Statistical return of the lunatic asylum in Assam - 1912-1932
Year: 1912
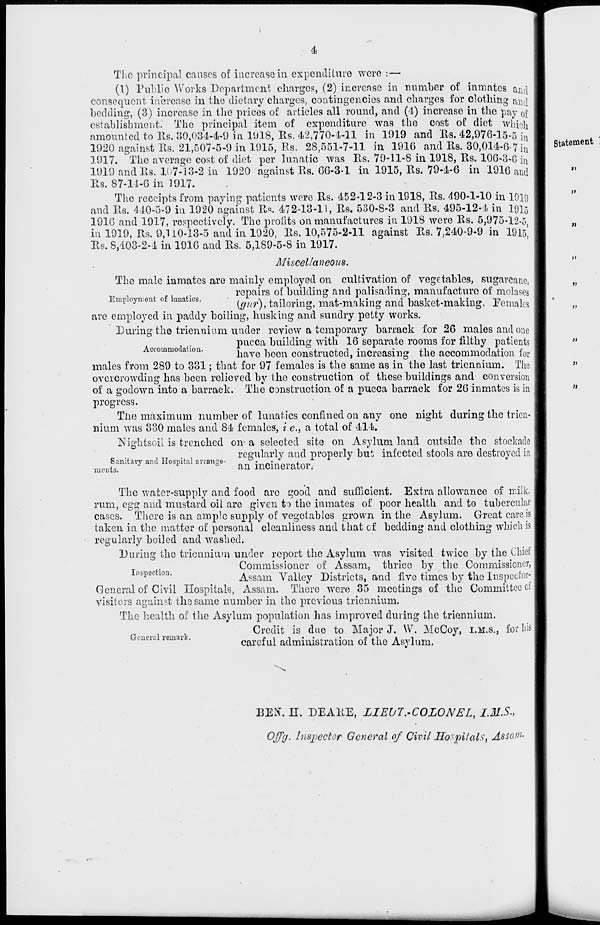
4
The principal causes of increase in expenditure were :—
(1) Public Works Department charges, (2) incrense in number of inmates and
consequent increase in the dietary charges, contingencies and charges for clothing ami
bedding, (3) increase in the prices of articles all round, and (4) increase in the pay of
establishment.' The principal item of expenditure was the cost of diet which
amounted to Rs. 30,034-4-9 in 1918, Rs. 42,770-4-11 in 1919 and Rs. 42,976-15-5 hi
1920 against Rs. 21,507-5-9 in 1915, Rs. 28,551-7-11 in 1916 and Rs. 30,014-6-7 i n
1917. The average cost of diet per lunatic was Rs. 79-11-8 in 1918, Rs. 106-3-G in
1919 and Rs. K 7 : 13-2 in 1920 against Rs. G6-3-1 in 1915, Rs. 79-4-6 in 1916 and
Rs. 87-11-6 in 1917.
The receipts from paying patients were Rs. 452-12-3 in 1918, Rs. 490-1-10 in 1019
and Rs. 440-5-9 in 1920 against Rs. 472-13-11, Rs. 530-8-3 and Rs. 495-12-4 in 1915
1916 and 1917, respectively. The profits on manufactures in 1918 were Rs. 5,975-12-5
in 1919, Rs. 9,U0-I3-5 and in 1920, Rs. 10,575-2-11 against Rs. 7,240-9-9 in 191s'
Rs. 8,403-2-4 in 1916 and Rs. 5,lS9-5-8 in 1917.
Miscellaneous.
The male inmates are mainly employed on cultivation of vegetables, sugarcane,
repairs of building and palisading, manufacture of molases
unpoyn.en o uua ICS.
{gur), tailoring, mat-making and basket-making, Eemalcs
are employed in paddy boiling, husking and sundry petty works.
During the triennium under review a temporary barrack for 26 males and one
pucca building with 16 separate rooms for filthy patients
have been constructed, increasing the accommodation for
males from 289 to 331; that for 97 females is the same as in the last triennium. The
overcrowding has been relieved by the construction of these buildings and conversion
of a godown into a barrack. The construction of a pucca barrack for 26 inmates is in
progress.
Tiie maximum number of lunatics confined on any one night during the tricli-
nium was 330 males and 84 females, i.e., a total of 414.
Nightsoil is trenched on- a selected site on Asylum land outside the stockade
„ ..
, „ . '
resularlv and properly but infected stools are destroved in
Sanitary and Hospital avianse-
• «•
j.
mcn t 8 .
°
an incinerator.
Accommodation.
The water-supply and food are good and sufficient. Extra allowance of milk,
rum, e^ and mustard oil are given to the inmates of poor health and to tubercular
cases. There is an ample supply of vegetables grown in the Asylum. Great care is
taken in the matter of personal cleanliness and that of bedding and clothing which is
regularly boiled and washed.
During the triennium under report the Asylum was visited twice by the Chief
Commissioner of Assam, thrice by the Commissioner,
n&poc 10n '
Assam Valley Districts, and five times by the Inspector-
General of Civil Hospitals, Assam. There were 35 meetings of the Committee of
visitors against the same number in the previous triennium.
The health of the Asylum population has improved during tho triennium.
Credit is dae to Major J. W. McCoy, I.M.S., for his
careful administration of the Asylum.
General remark.
BES. n. DEAKE, LIBIJ'I\-COLONEL, I.MS,
Offg. Inspector General of Civil Hospitals, Assam-